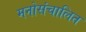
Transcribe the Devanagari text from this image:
मनोसंचालित